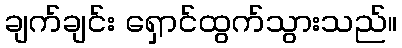
ချက်ချင်း ရှောင်ထွက်သွားသည်။